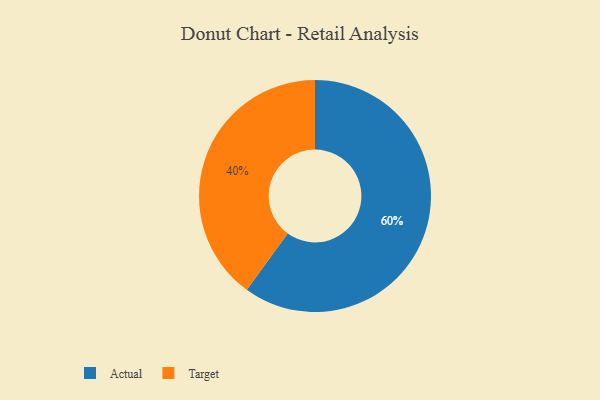
{"axis": {"x": "Category", "y": "Percentage"}, "legend": ["Actual", "Target"], "data": [{"x": "Target", "y": 40, "type": "Target"}, {"x": "Actual", "y": 60, "type": "Actual"}]}